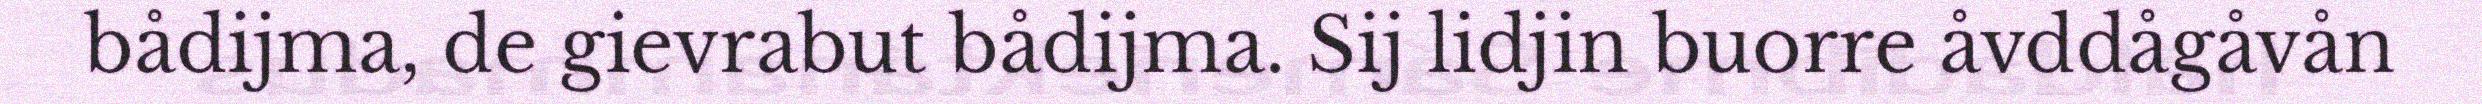
bådijma, de gievrabut bådijma. Sij lidjin buorre åvddågåvån